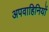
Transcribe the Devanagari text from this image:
अपवाहिनियों